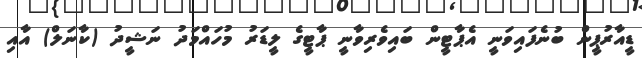
ޑީއާރުޕީން ބުނެފައިވަނީ އެޕާޓީން ބައިވެރިވާނީ ޕާޓީގެ ލީޑަރު މުހައްމަދު ނަޝީދު (ކާނަލް) އާއި